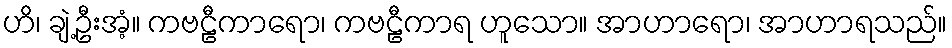
ဟိ၊ ချဲ့ဦးအံ့။ ကဗဠီကာရော၊ ကဗဠီကာရ ဟူသော။ အာဟာရော၊ အာဟာရသည်။